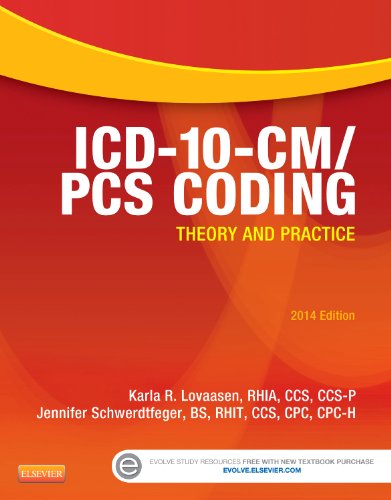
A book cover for ICD-10-CM/PCS Coding: Theory and Practice, 2014 Edition, 1e; Karla R. Lovaasen RHIA  CCS  CCS-P; Medical Books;